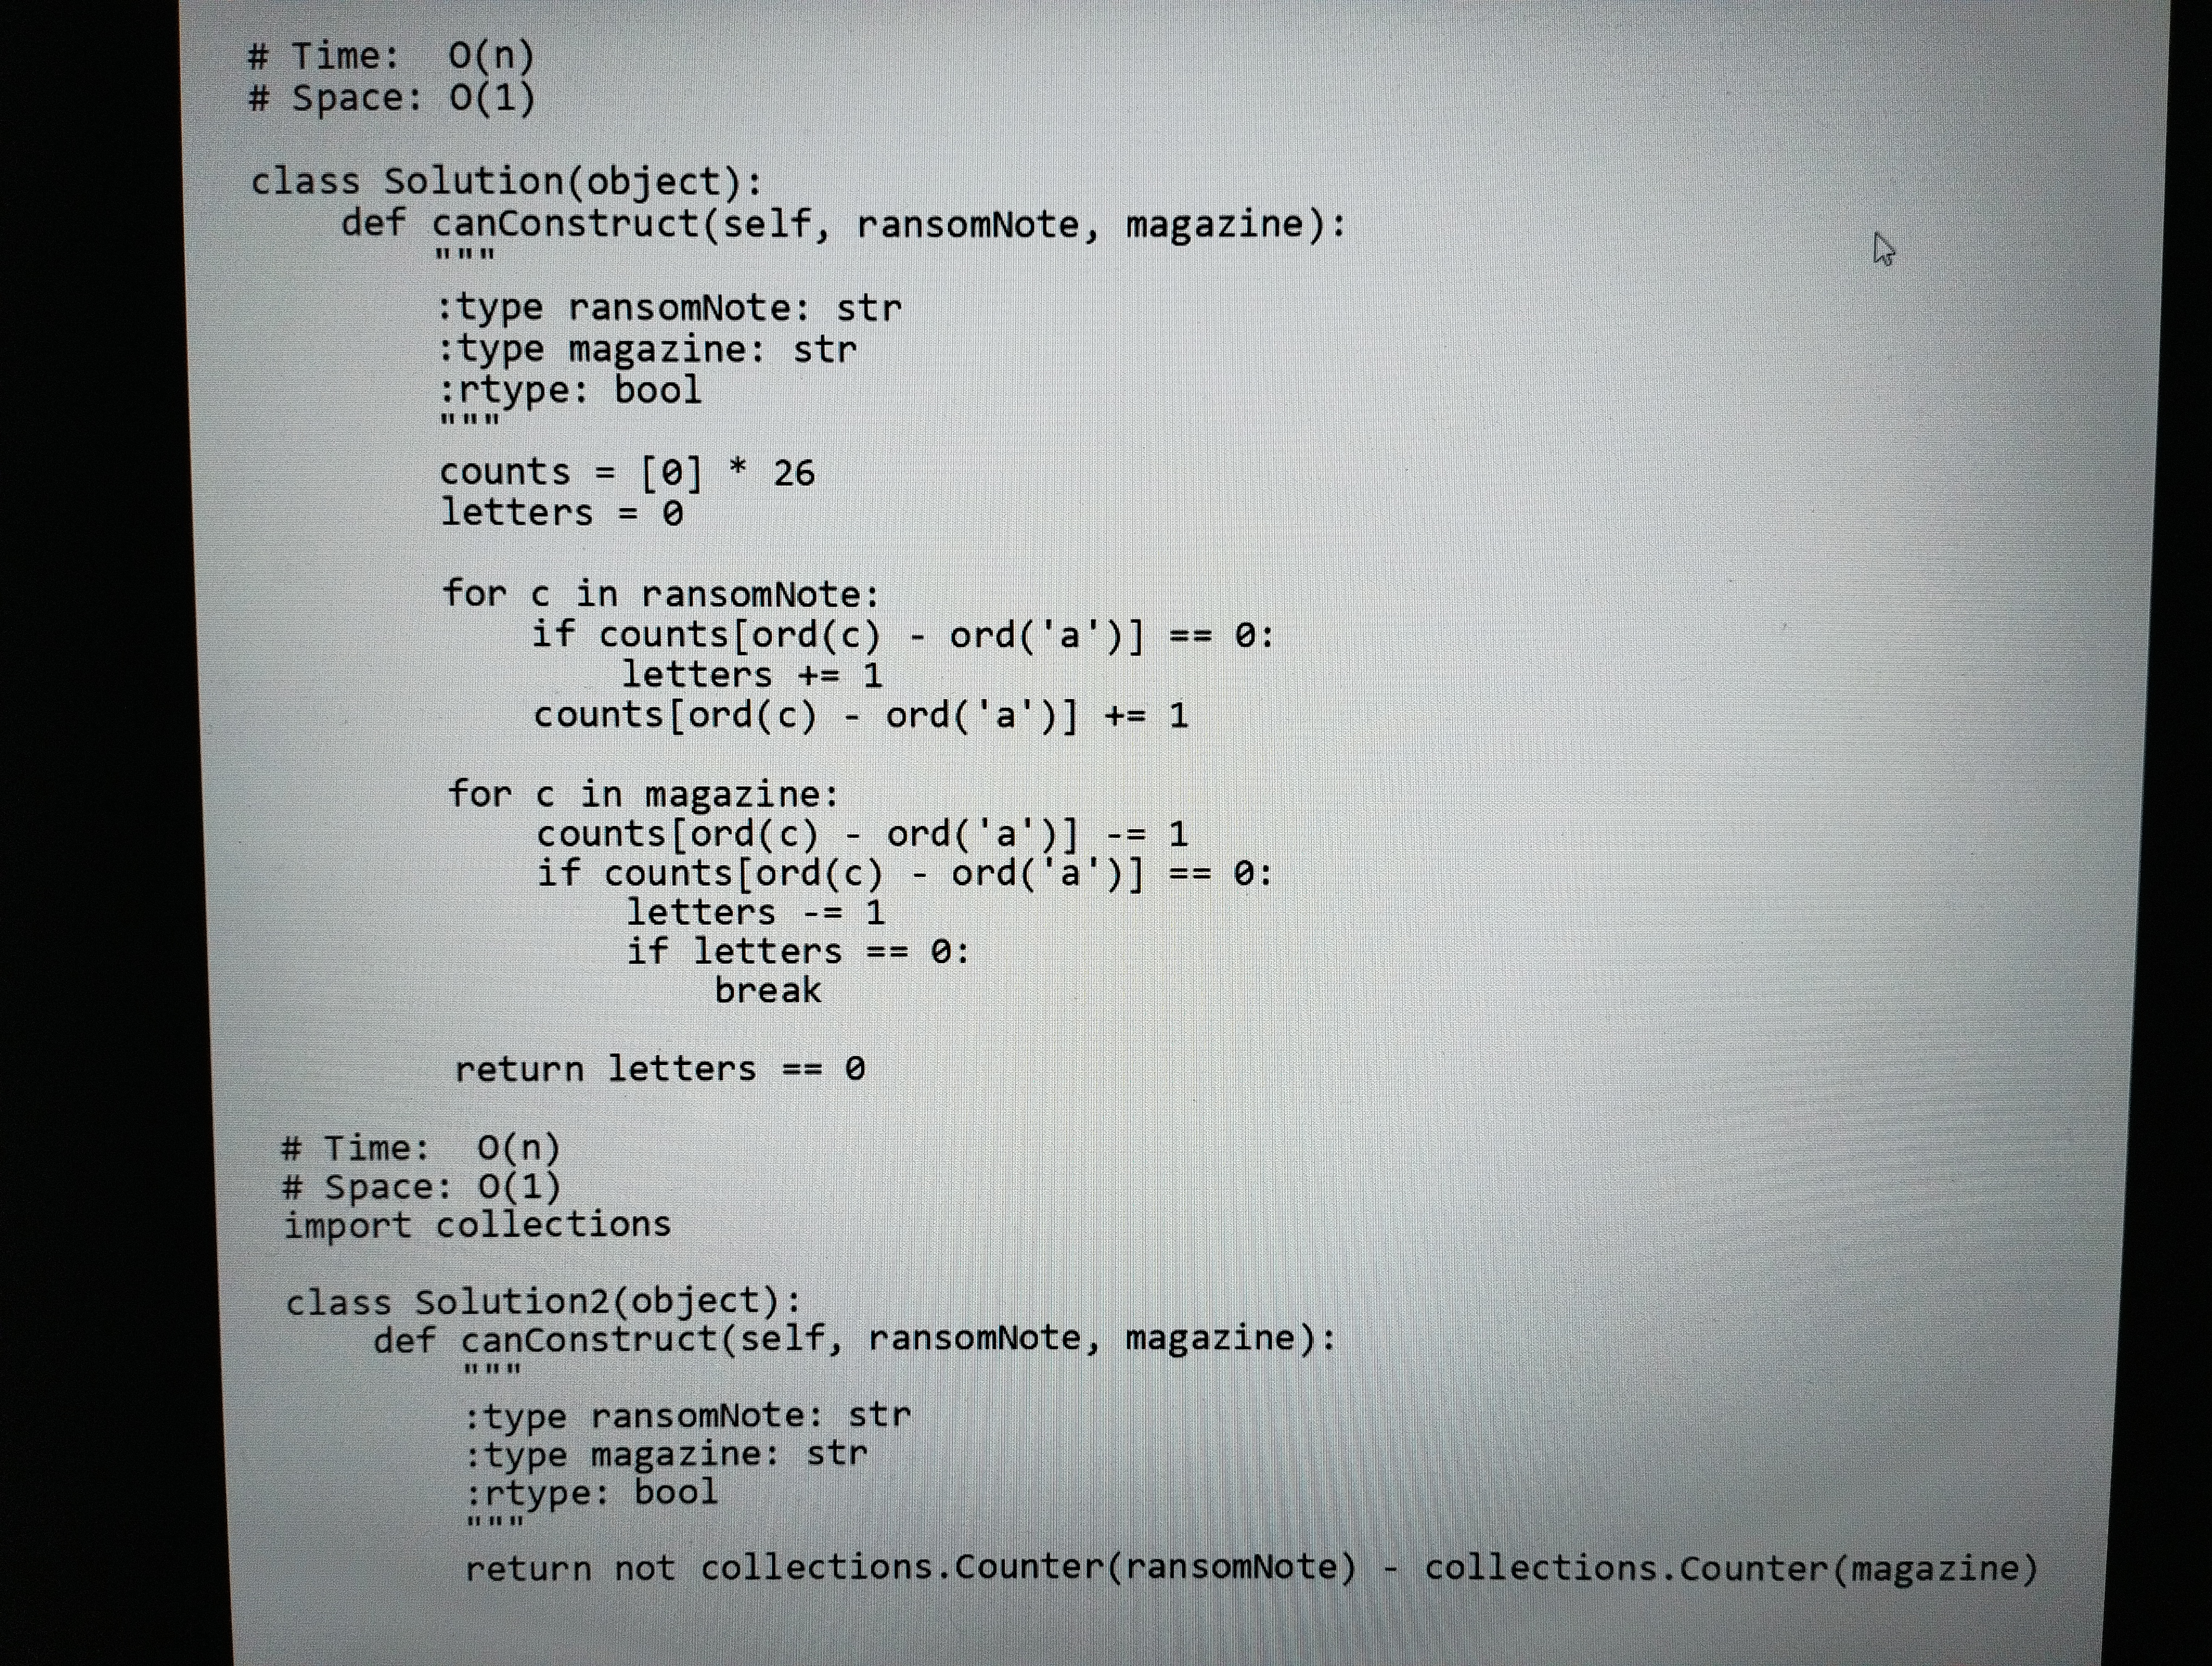
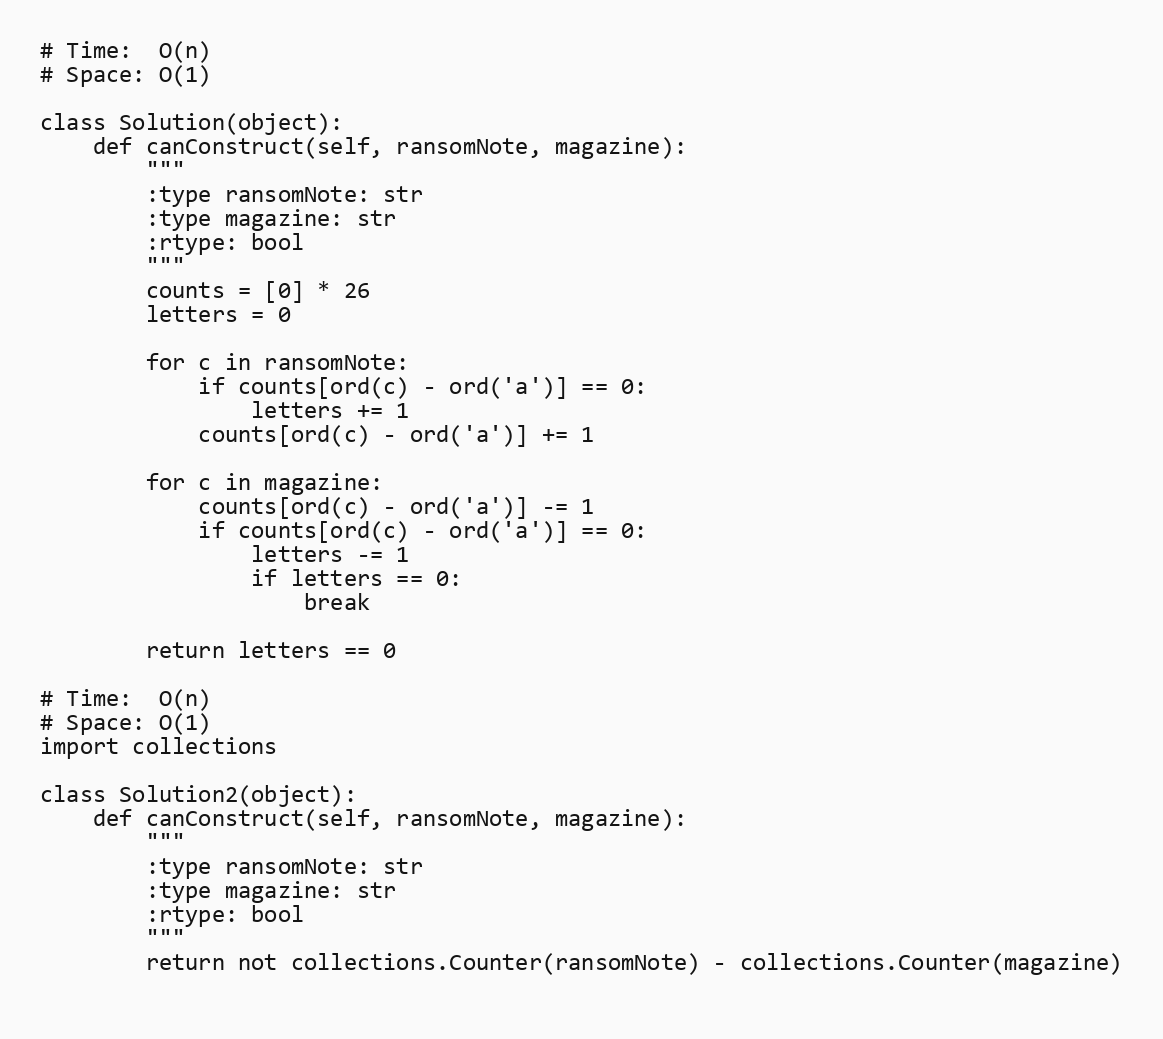
# Time:  O(n)
# Space: O(1)

class Solution(object):
    def canConstruct(self, ransomNote, magazine):
        """
        :type ransomNote: str
        :type magazine: str
        :rtype: bool
        """
        counts = [0] * 26
        letters = 0

        for c in ransomNote:
            if counts[ord(c) - ord('a')] == 0:
                letters += 1
            counts[ord(c) - ord('a')] += 1

        for c in magazine:
            counts[ord(c) - ord('a')] -= 1
            if counts[ord(c) - ord('a')] == 0:
                letters -= 1
                if letters == 0:
                    break

        return letters == 0

# Time:  O(n)
# Space: O(1)
import collections

class Solution2(object):
    def canConstruct(self, ransomNote, magazine):
        """
        :type ransomNote: str
        :type magazine: str
        :rtype: bool
        """
        return not collections.Counter(ransomNote) - collections.Counter(magazine)